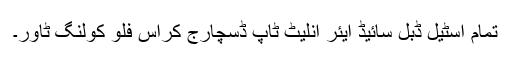
تمام اسٹیل ڈبل سائیڈ ایئر انلیٹ ٹاپ ڈسچارج کراس فلو کولنگ ٹاور۔